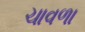
ચાવળા